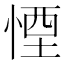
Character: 𪬉